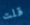
قلت